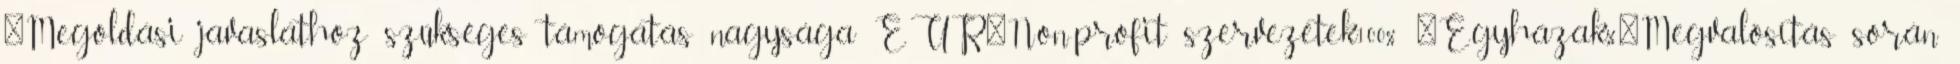
▪Megoldási javaslathoz szükséges támogatás nagysága EUR▪Non-profit szervezetek100% ▪Egyházak%▪Megvalósítás során